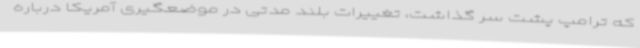
که ترامپ پشت سر گذاشت، تغییرات بلند مدتی در موضعگیری آمریکا درباره